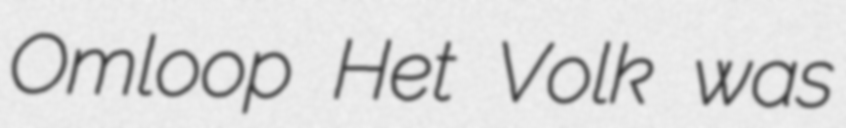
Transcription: Omloop Het Volk was